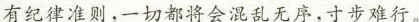
有纪律准则，一切都将会混乱无序，寸步难行。